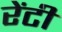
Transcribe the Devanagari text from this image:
रेंटी